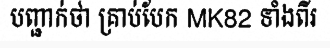
បញ្ជាក់ថា គ្រាប់បែក MK82 ទាំងពីរ